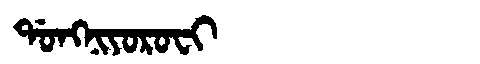
Manchu: ᡩᠣᠩᠨᡳᠶᠣᡵᠣᠸᡳ
Romanization: DONGNIYOROFI